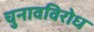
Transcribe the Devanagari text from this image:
चुनावविरोध